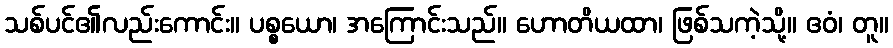
သစ်ပင်၏လည်းကောင်း။ ပစ္စယော၊ အကြောင်းသည်။ ဟောတိယထာ၊ ဖြစ်သကဲ့သို့။ ဧဝံ၊ တူ။